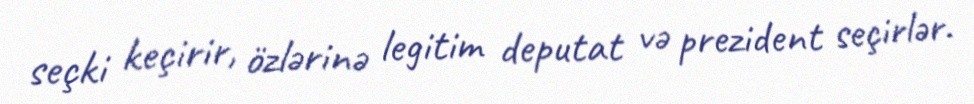
seçki keçirir, özlərinə legitim deputat və prezident seçirlər.